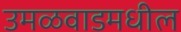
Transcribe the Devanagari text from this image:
उमळवाडमधील